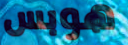
هوبس